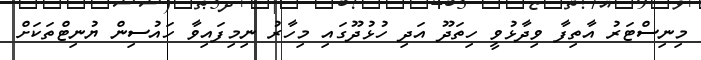
މިނިސްޓަރު އާތިފާ ވިދާޅުވީ ހިތަދޫ އަދި ހުޅުދޫގައި މިހާރު ނިމިފައިވާ ހައުސިން ޔުނިޓްތަކަށް